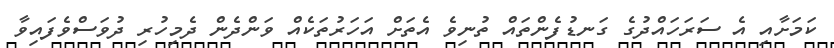
ކަމަށާއި އެ ސަރަހައްދުގެ ގަނޑުފެންތައް ތުނިވެ އެތަށް އަހަރުތަކެއް ވަންދެން ދެމިހުރި ދުވަސްވެފައިވާ